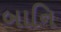
બાનિ